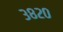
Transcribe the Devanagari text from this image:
३८२०